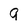
Character: 9